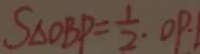
S _ { \Delta } O B P = \frac { 1 } { 2 } . O P